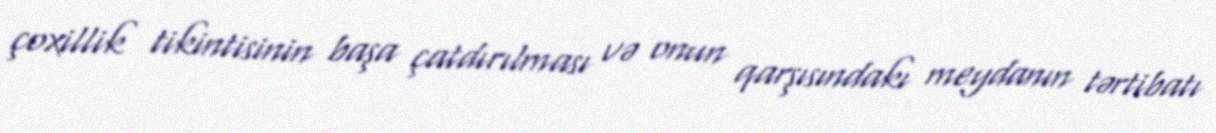
çoxillik tikintisinin başa çatdırılması və onun qarşısındakı meydanın tərtibatı